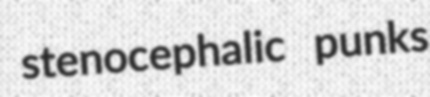
stenocephalic punks